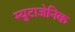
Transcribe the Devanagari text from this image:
म्युटाजेनिक